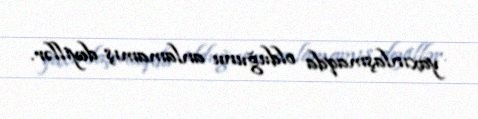
yaxınlaşmaqda olduğunu anlamamış deyillər.